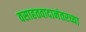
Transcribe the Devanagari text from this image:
वसाहतवादानंतरच्या